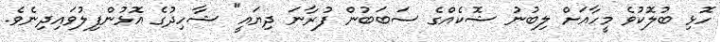
ހޮޅި ބުލޮކުވެ މީހާއަށް ލިބުނު ޝޮކެއްގެ ސަބަބުން ފުރާނަ ދިޔައީ" ޝާހިދުގެ އޮޅުންފިލުވައިދިނެވެ.